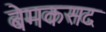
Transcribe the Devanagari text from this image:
बेमकसद